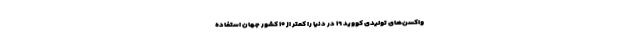
واکسن‌های تولیدی کووید ۱۹ در دنیا را کمتر از ۱۰ کشور جهان استفاده